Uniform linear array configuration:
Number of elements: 16
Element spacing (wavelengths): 0.25
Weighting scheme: binomial
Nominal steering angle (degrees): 30
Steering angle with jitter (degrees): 31.759
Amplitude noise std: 0.05
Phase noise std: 0.05

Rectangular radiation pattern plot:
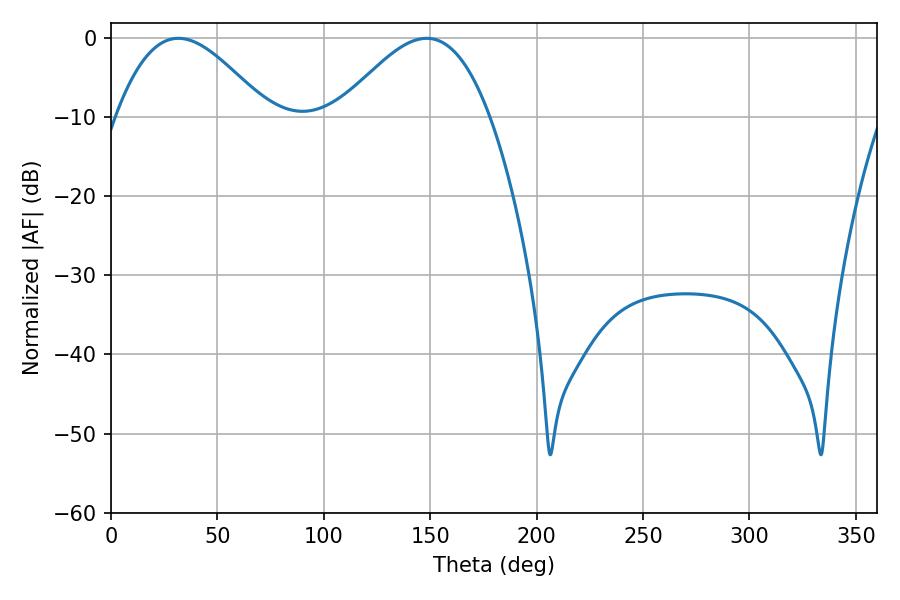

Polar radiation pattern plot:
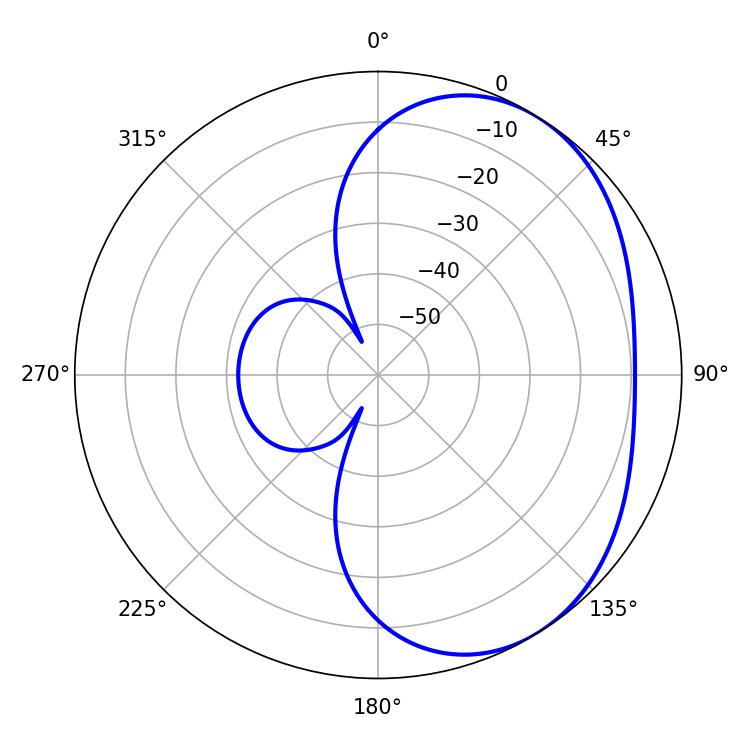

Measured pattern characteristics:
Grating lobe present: FALSE
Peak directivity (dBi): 3.622
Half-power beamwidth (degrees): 38.16
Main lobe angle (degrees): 31.68